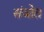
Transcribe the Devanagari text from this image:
संजोत